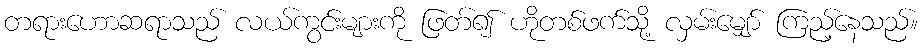
တရားဟောဆရာသည် လယ်ကွင်းများကို ဖြတ်၍ ဟိုတစ်ဖက်သို့ လှမ်းမျှော် ကြည့်နေသည်။